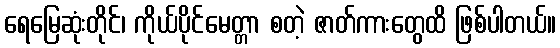
ရေမြေဆုံးတိုင်၊ ကိုယ်ပိုင်မေတ္တာ စတဲ့ ဇာတ်ကားတွေထိ ဖြစ်ပါတယ်။